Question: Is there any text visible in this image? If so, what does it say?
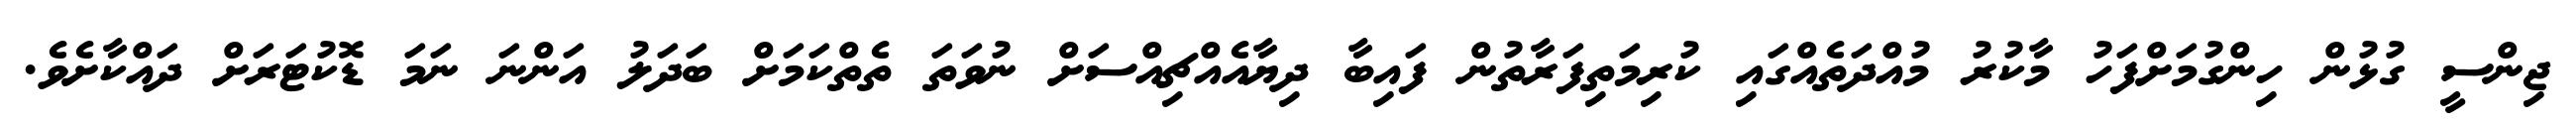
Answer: ޖިންސީ ގުޅުން ހިންގުމަށްފަހު މާކުރު މުއްދަތެއްގައި ކުރިމަތިފަރާތުން ފައިބާ ދިޔާއެއްޗިއްސަށް ނުވަތަ ތެތްކަމަށް ބަދަލު އަންނަ ނަމަ ޑޮކުޓަރަށް ދައްކާށެވެ.